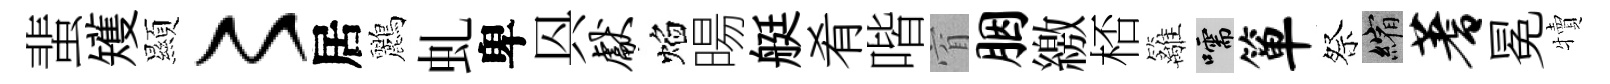
蜚矱顯〻居鸝虬卑㒷献焰暘艇肴喈窅胭繳桮籬嚅箪祭縮蓍冕犢